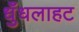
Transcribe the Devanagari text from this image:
धुँधलाहट